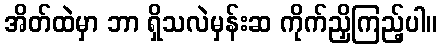
အိတ်ထဲမှာ ဘာ ရှိသလဲမှန်းဆ ကိုက်ညှိကြည့်ပါ။